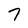
Character: 7